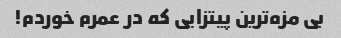
بی مزه‌ترین پیتزایی که در عمرم خوردم!